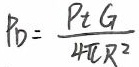
$P_{D}=\frac {Pt\ G}{4\pi R^{2}}$